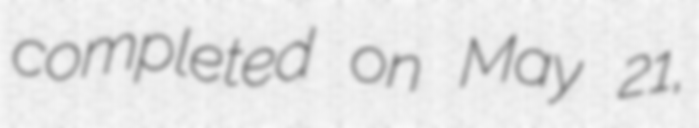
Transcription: completed on May 21,